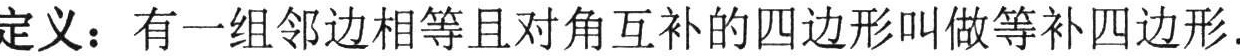
定义：有一组邻边相等且对角互补的四边形叫做等补四边形.